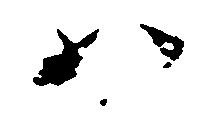
ハ